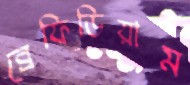
ব্রেফিডিয়াম